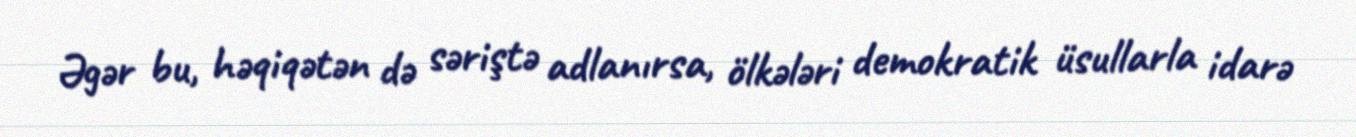
Əgər bu, həqiqətən də səriştə adlanırsa, ölkələri demokratik üsullarla idarə